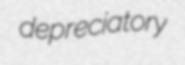
depreciatory